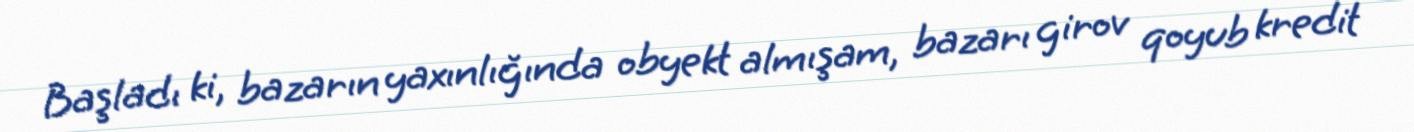
Başladı ki, bazarın yaxınlığında obyekt almışam, bazarı girov qoyub kredit